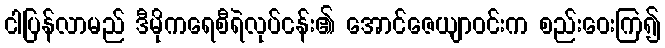
ငါပြန်လာမည် ဒီမိုကရေစီရဲလုပ်ငန်း၏ အောင်ဇေယျာဝင်းက စည်းဝေးကြ၍